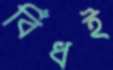
বিঁধই